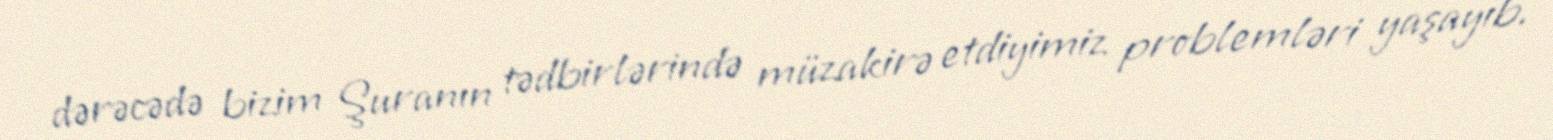
dərəcədə bizim Şuranın tədbirlərində müzakirə etdiyimiz problemləri yaşayıb.